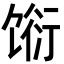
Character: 𬳆